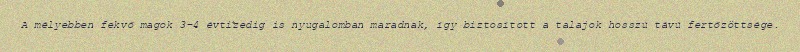
A mélyebben fekvő magok 3-4 évtizedig is nyugalomban maradnak, így biztosított a talajok hosszú távú fertőzöttsége.